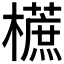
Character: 𣞢